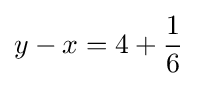
y-x=4+{\frac {1}{6}}